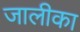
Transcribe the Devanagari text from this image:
जालीका